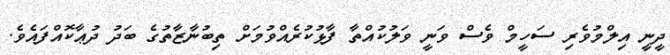
ދީނީ އިލްމުވެރި ސަހީމް ވެސް ވަނީ ވަލުކުއްތާ ފާޅުކުރެއްވުމަށް ތިބުނާޒާތުގެ ބަދު ދުޢާކޮއްފައެވެ.